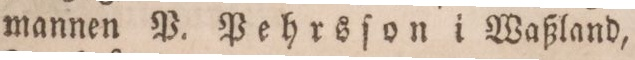
mannen P. Pehrsſon i Waßland,